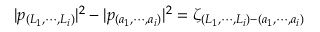
| p _ { ( L _ { 1 } , \cdots , L _ { i } ) } | ^ { 2 } - | p _ { ( a _ { 1 } , \cdots , a _ { i } ) } | ^ { 2 } = \zeta _ { ( L _ { 1 } , \cdots , L _ { i } ) - ( a _ { 1 } , \cdots , a _ { i } ) }